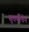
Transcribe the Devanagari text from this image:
सुवर्णत्वेन